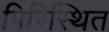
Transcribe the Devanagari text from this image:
पिरिस्थित